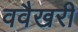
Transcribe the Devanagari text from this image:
ववैखरी